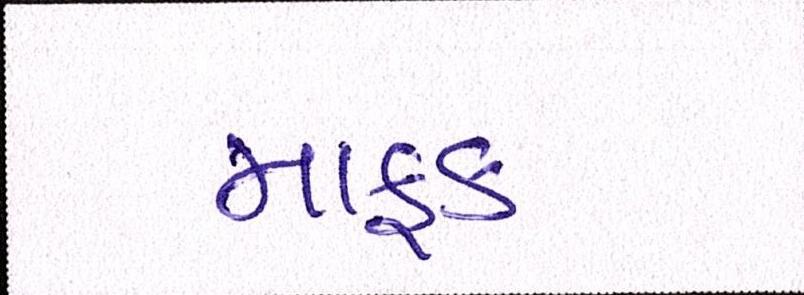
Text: માફક